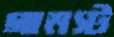
গামস্ট